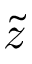
\tilde { z }